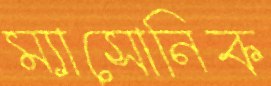
ম্যাসোনিক